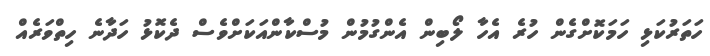
ހަތަރުކަޅި ހަމަކޮށްގެން ހުރެ އެހާ ލޯބިން އެންގުމުން މުސްކާންއަކަށްވެސް ދެކޮޅު ހަދާނެ ހިތްވަރެއް